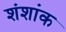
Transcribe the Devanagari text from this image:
शंशांक